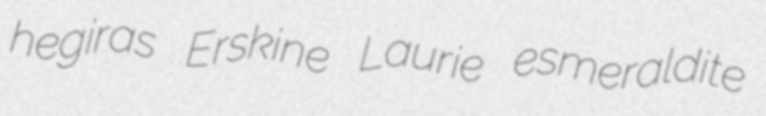
hegiras Erskine Laurie esmeraldite